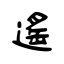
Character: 遙